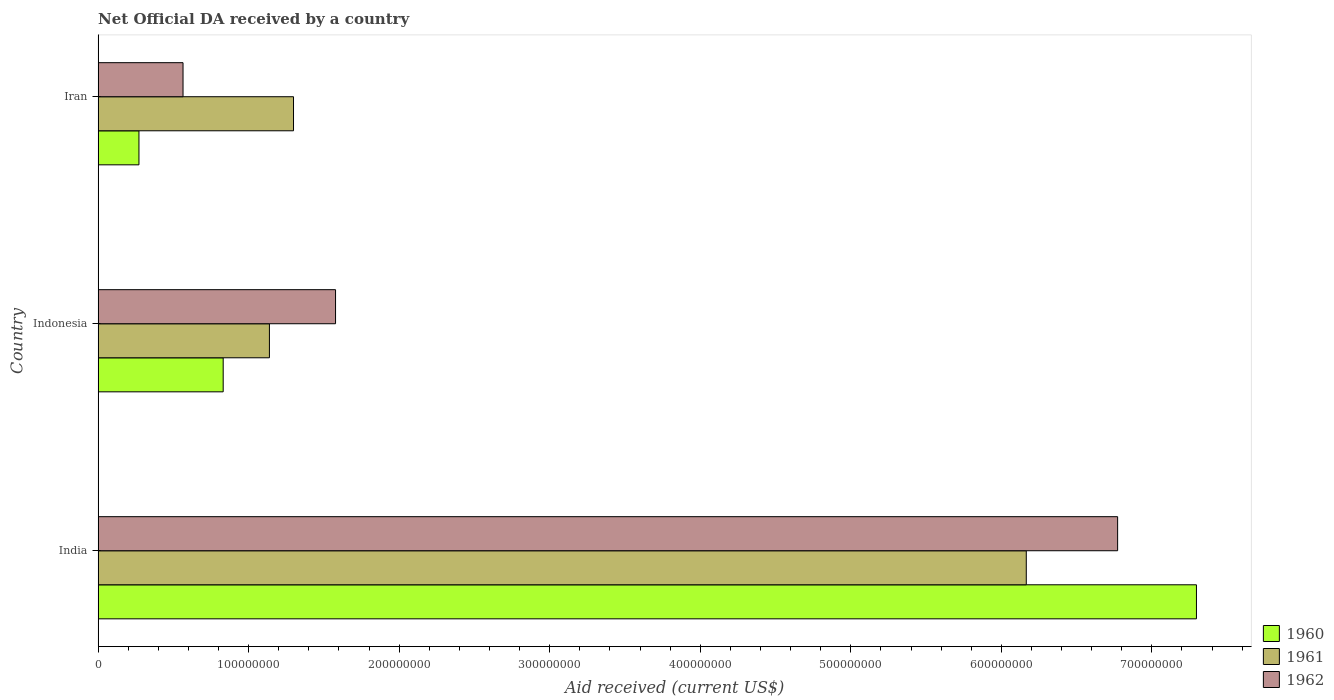
| Country | 1960 | 1961 | 1962 |
 | --- | --- | --- | --- |
 | India | 7.3e+08 | 6.17e+08 | 6.77e+08 |
 | Indonesia | 8.31e+07 | 1.14e+08 | 1.58e+08 |
 | Iran | 2.71e+07 | 1.3e+08 | 5.64e+07 |